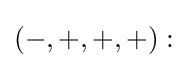
(-,+,+,+):